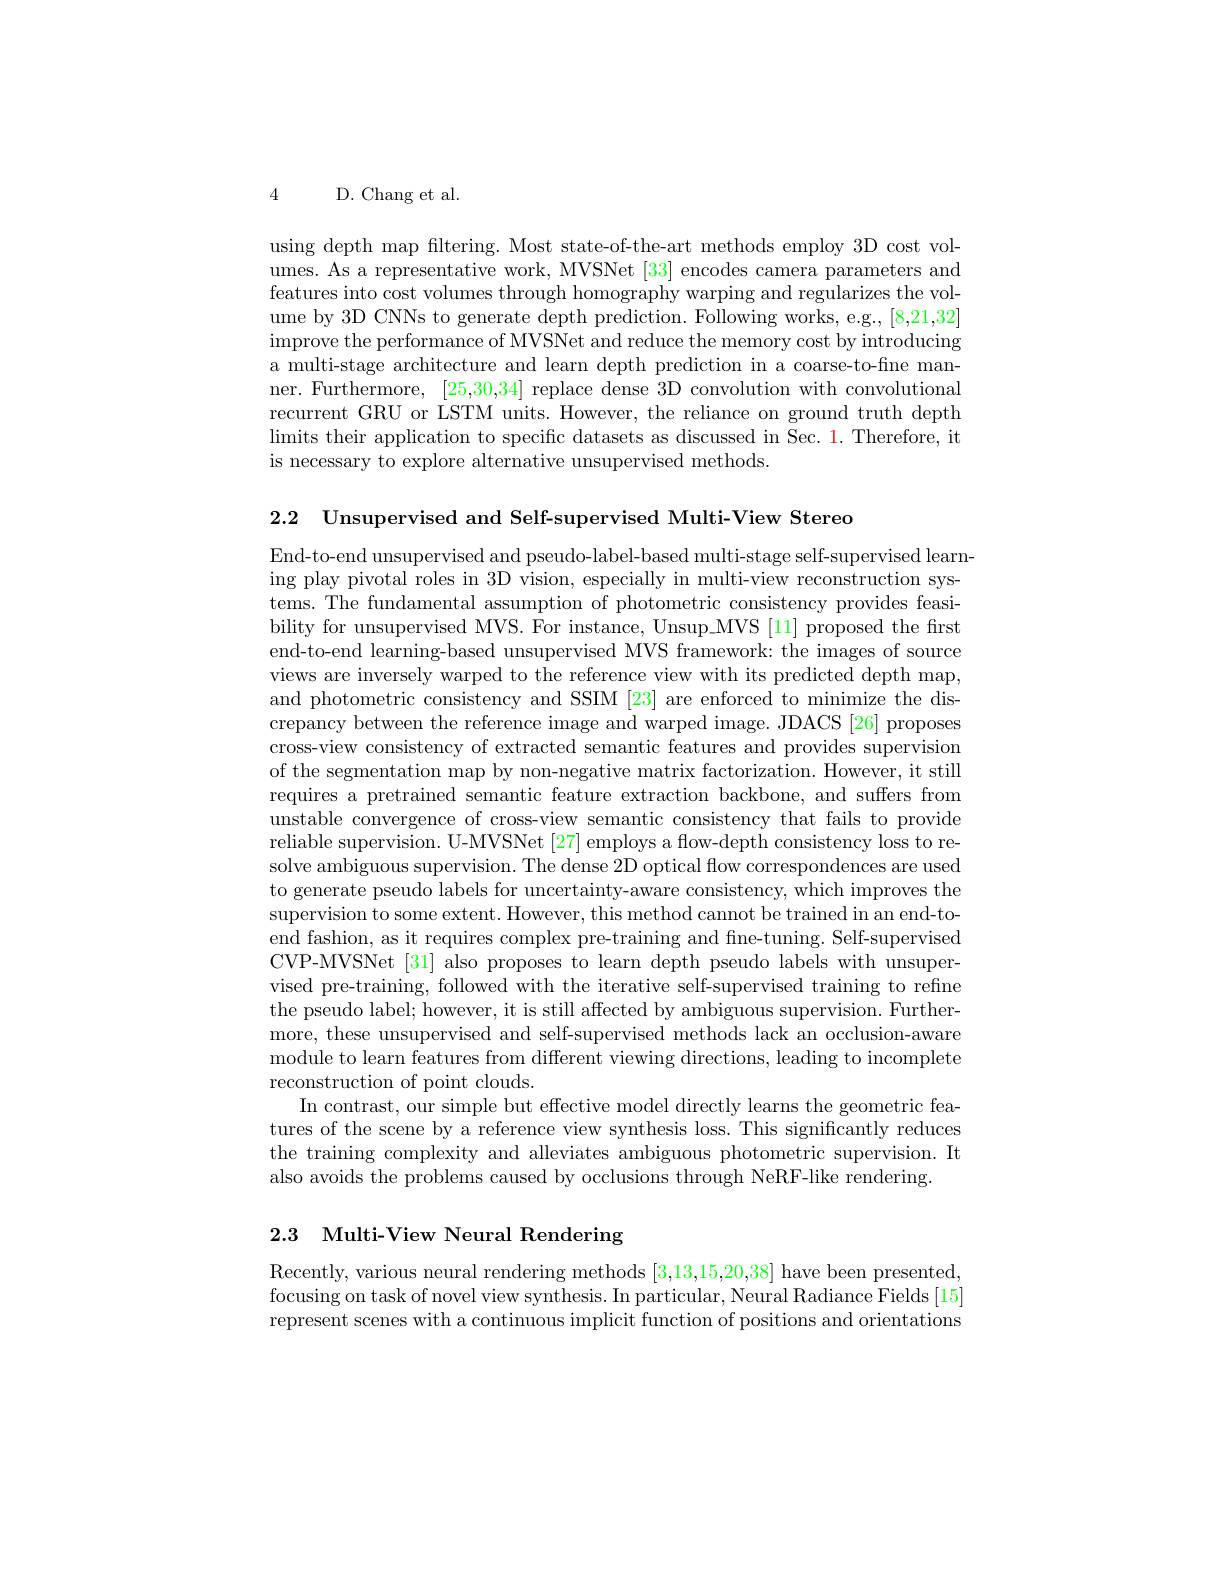
4 D. Chang et al.

using depth map filtering. Most state-of-the-art methods employ 3D cost volumes. As a representative work, MVSNet [33] encodes camera parameters and features into cost volumes through homography warping and regularizes the volume by 3D CNNs to generate depth prediction. Following works, e.g., [8,21,32] improve the performance of MVSNet and reduce the memory cost by introducing a multi-stage architecture and learn depth prediction in a coarse-to-fine manner. Furthermore, [25,30,34] replace dense 3D convolution with convolutional recurrent GRU or LSTM units. However, the reliance on ground truth depth limits their application to specific datasets as discussed in Sec. 1. Therefore, it is necessary to explore alternative unsupervised methods

2.2 Unsupervised and Self-supervised Multi-View Stereo

End-to-end unsupervised and pseudo-label-based multi-stage self-supervised learning play pivotal roles in 3D vision, especially in multi-view reconstruction systems. The fundamental assumption of photometric consistency provides feasibility for unsupervised MVS. For instance, Unsup MVS [11] proposed the first end-to-end learning-based unsupervised MVS framework: the images of source views are inversely warped to the reference view with its predicted depth map, and photometric consistency and SSIM [23] are enforced to minimize the discrepancy between the reference image and warped image. JDACS [26] proposes cross-view consistency of extracted semantic features and provides supervision of the segmentation map by non-negative matrix factorization. However, it still requires a pretrained semantic feature extraction backbone, and suffers from unstable convergence of cross-view semantic consistency that fails to provide reliable supervision. U-MVSNet [27] employs a flow-depth consistency loss to resolve ambiguous supervision. The dense 2D optical flow correspondences are used to generate pseudo labels for uncertainty-aware consistency, which improves the supervision to some extent. However, this method cannot be trained in an end-toend fashion, as it requires complex pre-training and fne-tuning. Self-supervised CVP-MVSNet [31] also proposes to learn depth pseudo labels with unsupervised pre-training, followed with the iterative self-supervised training to refne the pseudo label; however, it is still affected by ambiguous supervision. Furthermore, these unsupervised and self-supervised methods lack an occlusion-aware module to learn features from different viewing directions, leading to incomplete reconstruction of point clouds.
In contrast, our simple but effective model directly learns the geometric features of the scene by a reference view synthesis loss. This significantly reduces the training complexity and alleviates ambiguous photometric supervision. It also avoids the problems caused by occlusions through NeRF-like rendering.

2.3 Multi-View Neural Rendering

Recently, various neural rendering methods [3,13,15,20,38] have been presented, focusing on task of novel view synthesis. In particular, Neural Radiance Fields [15] represent scenes with a continuous implicit function of positions and orientations